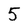
Character: 5